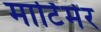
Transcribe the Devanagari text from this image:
मार्टिमेर